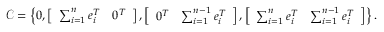
\mathcal { C } = \left\lbrace 0 , \left[ \begin{array} { c c } { \sum _ { i = 1 } ^ { n } e _ { i } ^ { T } } & { 0 ^ { T } } \end{array} \right] , \left[ \begin{array} { c c } { 0 ^ { T } } & { \sum _ { i = 1 } ^ { n - 1 } e _ { i } ^ { T } } \end{array} \right] , \left[ \begin{array} { c c } { \sum _ { i = 1 } ^ { n } e _ { i } ^ { T } } & { \sum _ { i = 1 } ^ { n - 1 } e _ { i } ^ { T } } \end{array} \right] \right\rbrace .